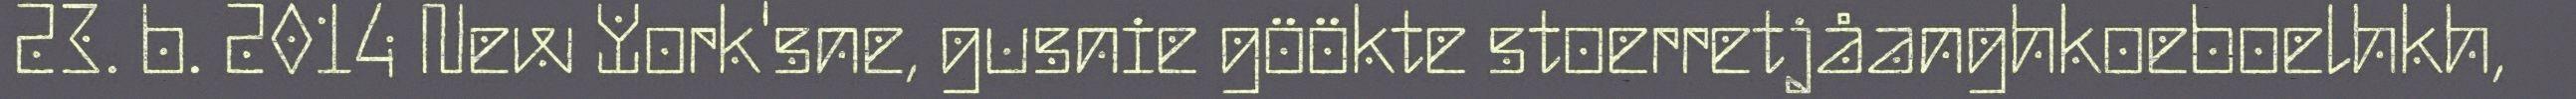
23. b. 2014 New York'sne, gusnie göökte stoerretjåanghkoeboelhkh,